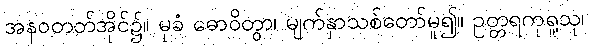
အနဝတတ်အိုင်၌။ မုခံ ဓောဝိတွာ၊ မျက်နှာသစ်တော်မူ၍။ ဥတ္တရကုရူသု၊